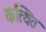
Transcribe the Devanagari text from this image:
कत्थित